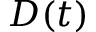
D ( t )